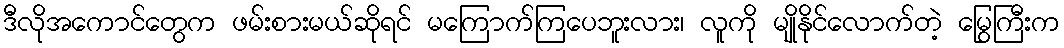
ဒီလိုအကောင်တွေက ဖမ်းစားမယ်ဆိုရင် မကြောက်ကြပေဘူးလား၊ လူကို မျိုနိုင်လောက်တဲ့ မြွေကြီးက